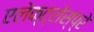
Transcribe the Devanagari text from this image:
एलेक्ट्रोस्प्रे